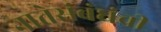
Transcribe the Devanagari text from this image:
नातेसंबंधंची